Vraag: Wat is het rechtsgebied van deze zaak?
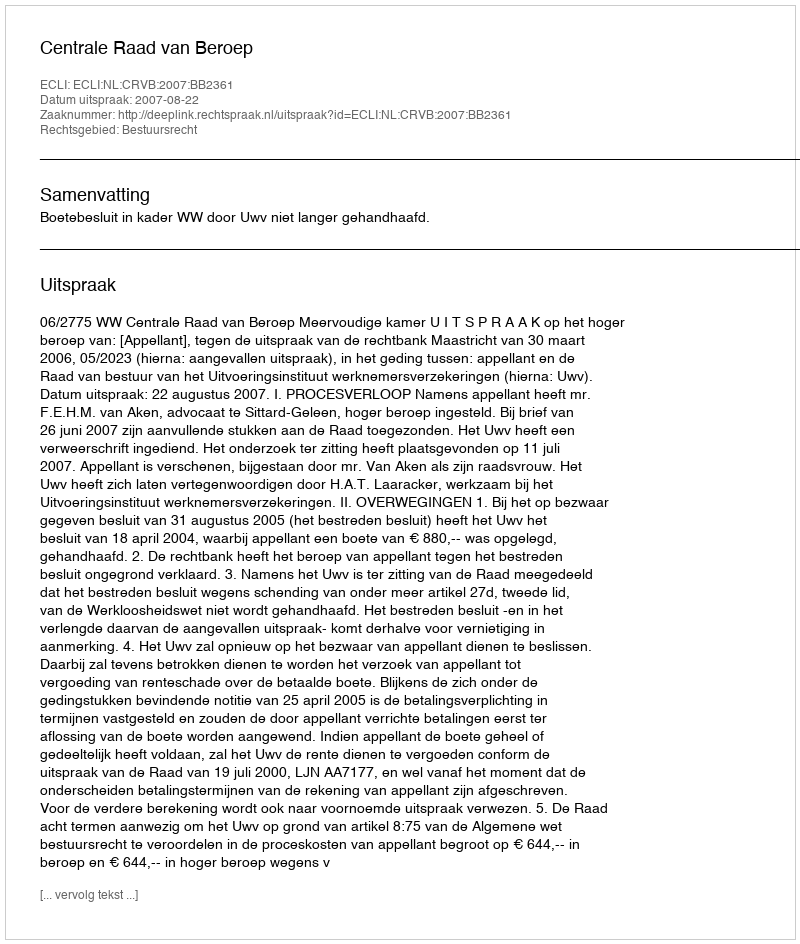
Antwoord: Bestuursrecht